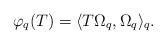
LaTeX: \begin{align*}\varphi_q(T) = \langle T \Omega_q, \Omega_q\rangle_q.\end{align*}